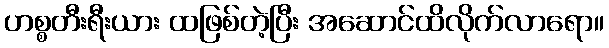
ဟစ္စတီးရီးယား ထဖြစ်တဲ့ပြီး အဆောင်ထိလိုက်လာရော။